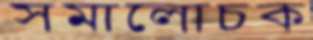
সমালোচক